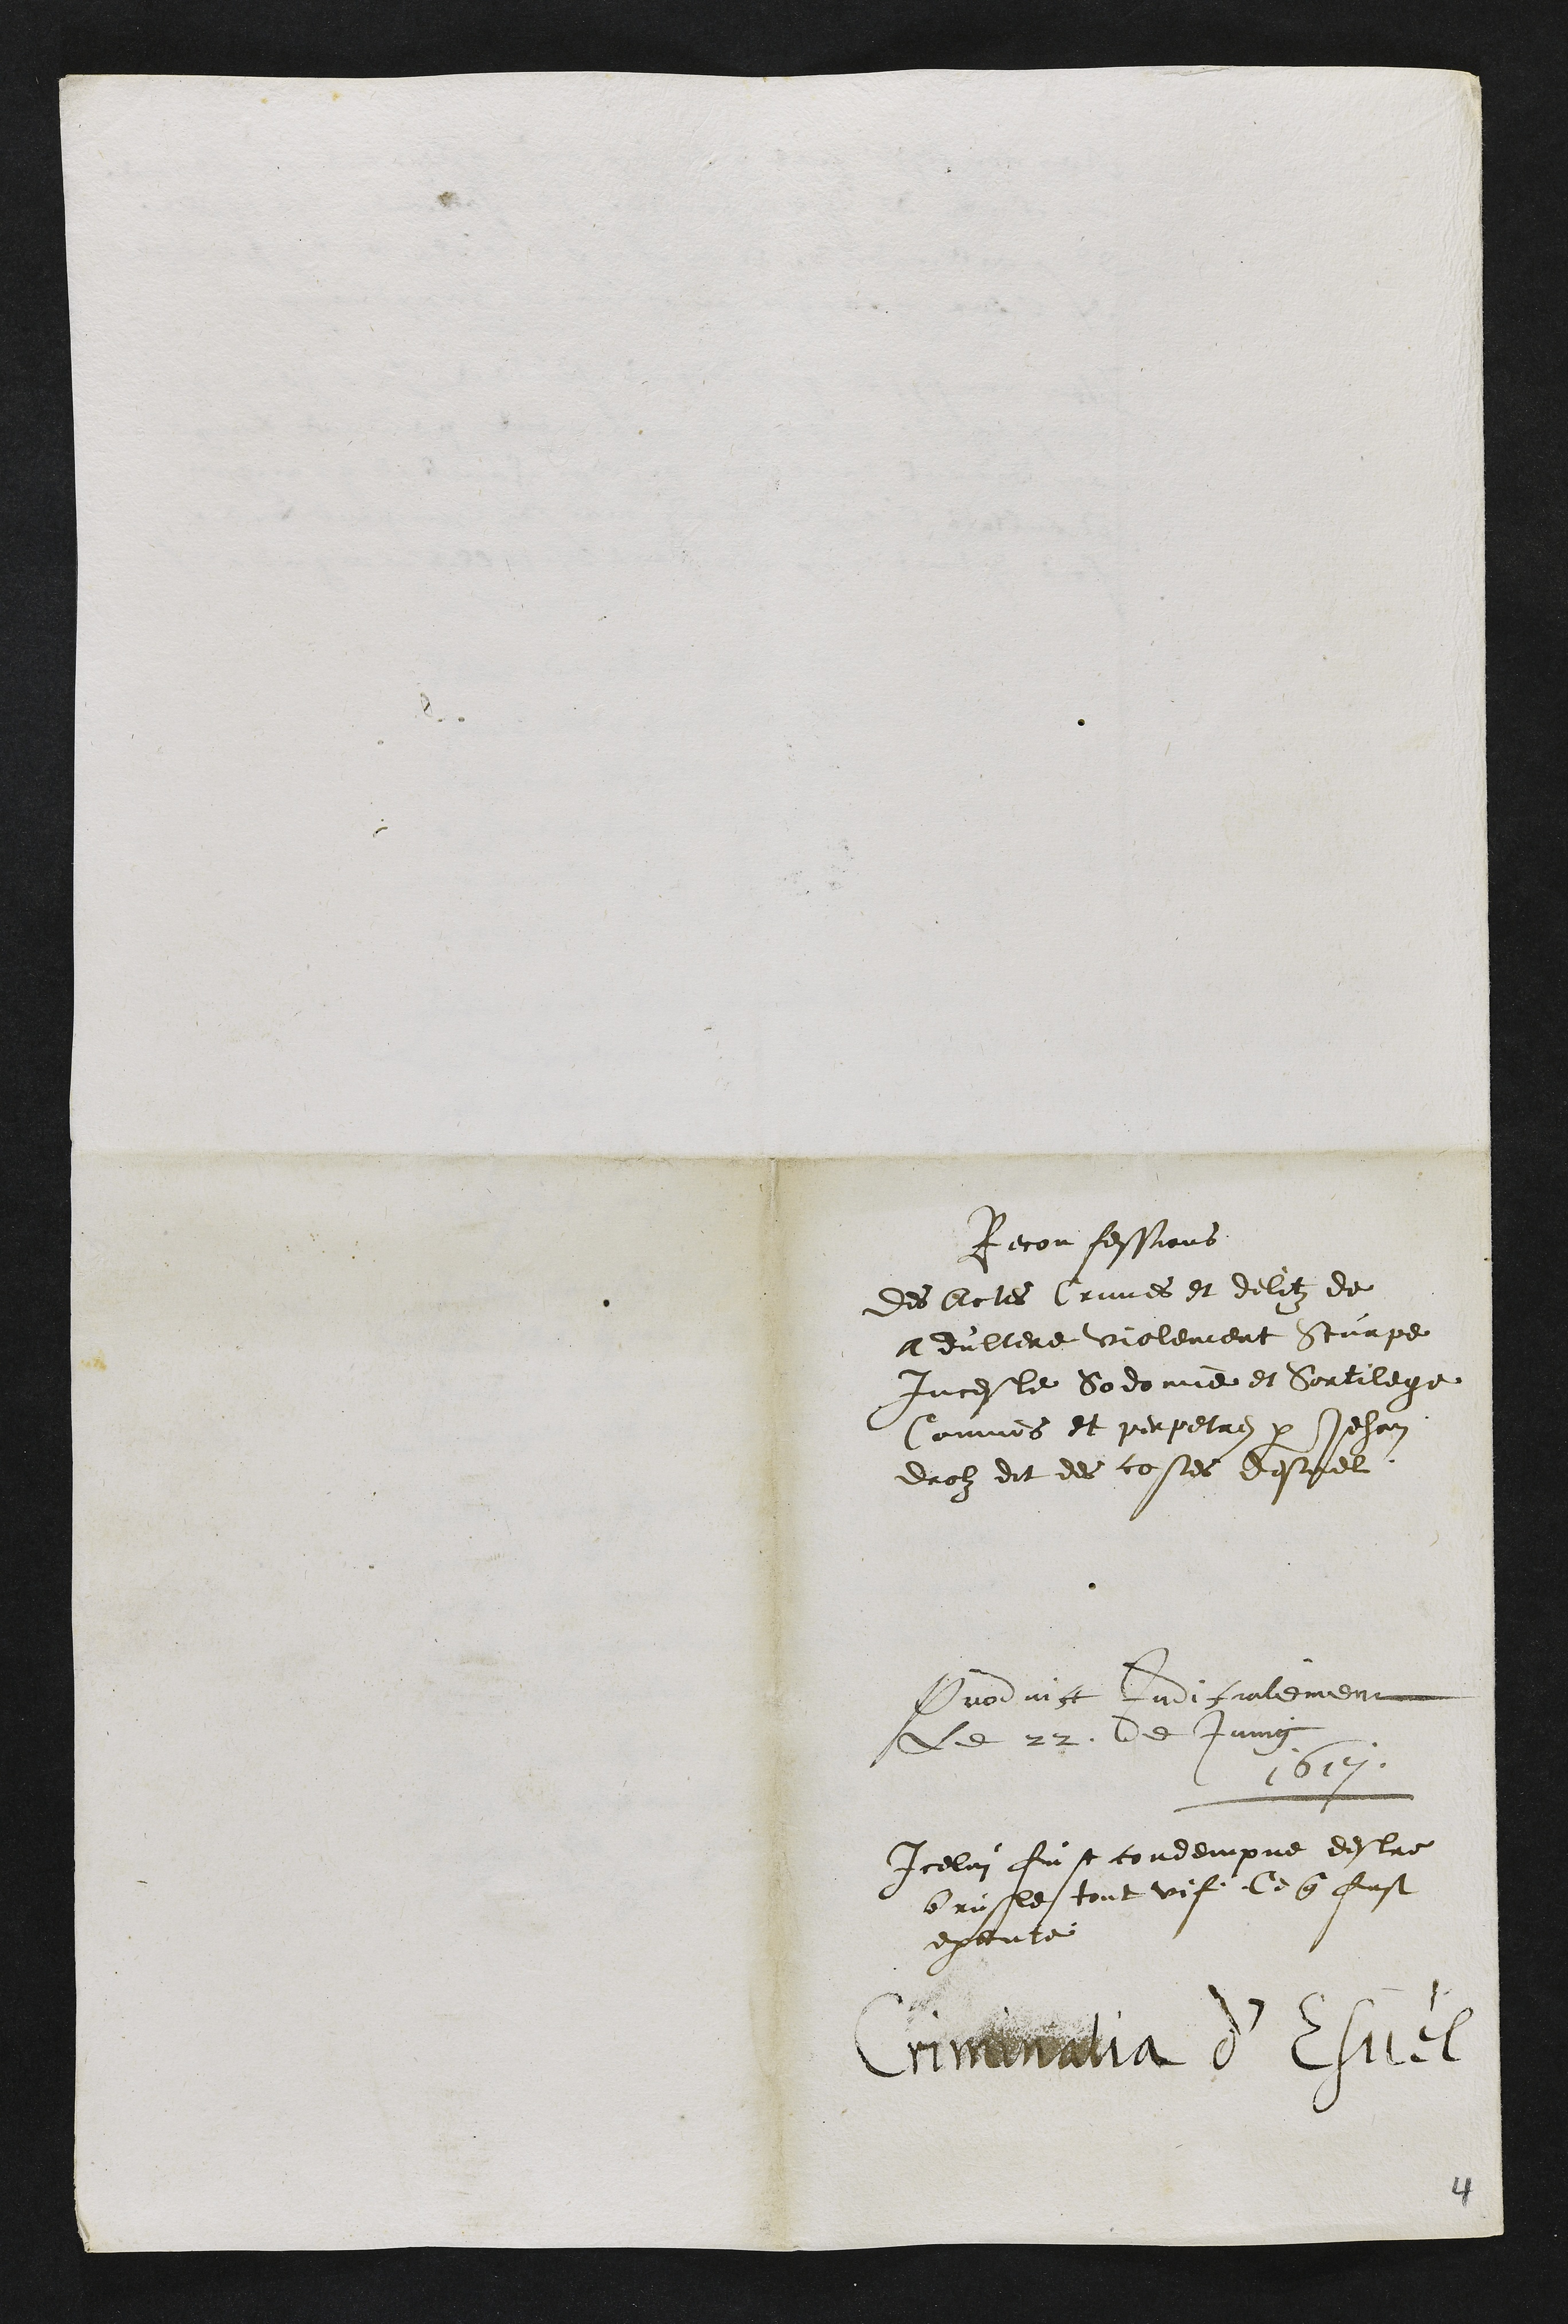
Reconfessions
Des Actes Crimes et delitz de
adultere violement sturpe
Inceste Sodomie et Sortilege
Commis et perpetrez par Jehan
drolz dit des costes desuel
Produit judicialement
Le 22 de Juing
1617
Icelui fust condempnee destre
brusle tout vif Ce que fust
execute
Criminalia d'Esuel
4